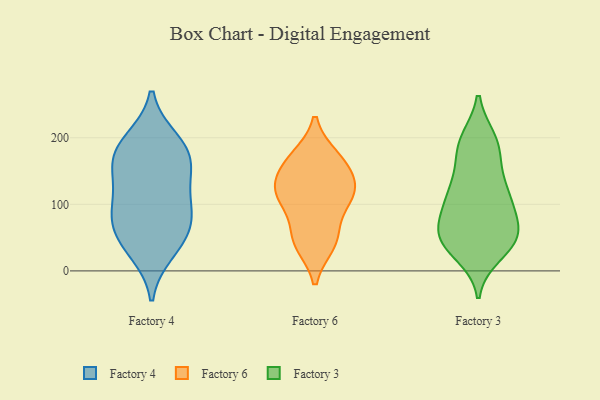
{"axis": {"x": "Customer Acquisition Cost (USD)", "y": "Value"}, "legend": ["Factory 3", "Factory 4", "Factory 6"], "data": [{"x": "", "y": 196, "type": "Factory 4"}, {"x": "", "y": 86, "type": "Factory 4"}, {"x": "", "y": 115, "type": "Factory 4"}, {"x": "", "y": 132, "type": "Factory 4"}, {"x": "", "y": 163, "type": "Factory 4"}, {"x": "", "y": 170, "type": "Factory 4"}, {"x": "", "y": 74, "type": "Factory 4"}, {"x": "", "y": 29, "type": "Factory 4"}, {"x": "", "y": 88, "type": "Factory 4"}, {"x": "", "y": 165, "type": "Factory 4"}, {"x": "", "y": 58, "type": "Factory 4"}, {"x": "", "y": 192, "type": "Factory 4"}, {"x": "", "y": 40, "type": "Factory 4"}, {"x": "", "y": 133, "type": "Factory 6"}, {"x": "", "y": 111, "type": "Factory 6"}, {"x": "", "y": 107, "type": "Factory 6"}, {"x": "", "y": 164, "type": "Factory 6"}, {"x": "", "y": 54, "type": "Factory 6"}, {"x": "", "y": 41, "type": "Factory 6"}, {"x": "", "y": 45, "type": "Factory 6"}, {"x": "", "y": 170, "type": "Factory 6"}, {"x": "", "y": 118, "type": "Factory 6"}, {"x": "", "y": 160, "type": "Factory 6"}, {"x": "", "y": 116, "type": "Factory 6"}, {"x": "", "y": 196, "type": "Factory 3"}, {"x": "", "y": 52, "type": "Factory 3"}, {"x": "", "y": 42, "type": "Factory 3"}, {"x": "", "y": 54, "type": "Factory 3"}, {"x": "", "y": 185, "type": "Factory 3"}, {"x": "", "y": 194, "type": "Factory 3"}, {"x": "", "y": 48, "type": "Factory 3"}, {"x": "", "y": 118, "type": "Factory 3"}, {"x": "", "y": 134, "type": "Factory 3"}, {"x": "", "y": 105, "type": "Factory 3"}, {"x": "", "y": 67, "type": "Factory 3"}, {"x": "", "y": 189, "type": "Factory 3"}, {"x": "", "y": 108, "type": "Factory 3"}, {"x": "", "y": 39, "type": "Factory 3"}, {"x": "", "y": 48, "type": "Factory 3"}, {"x": "", "y": 95, "type": "Factory 3"}, {"x": "", "y": 26, "type": "Factory 3"}, {"x": "", "y": 109, "type": "Factory 3"}, {"x": "", "y": 65, "type": "Factory 3"}, {"x": "", "y": 154, "type": "Factory 3"}]}